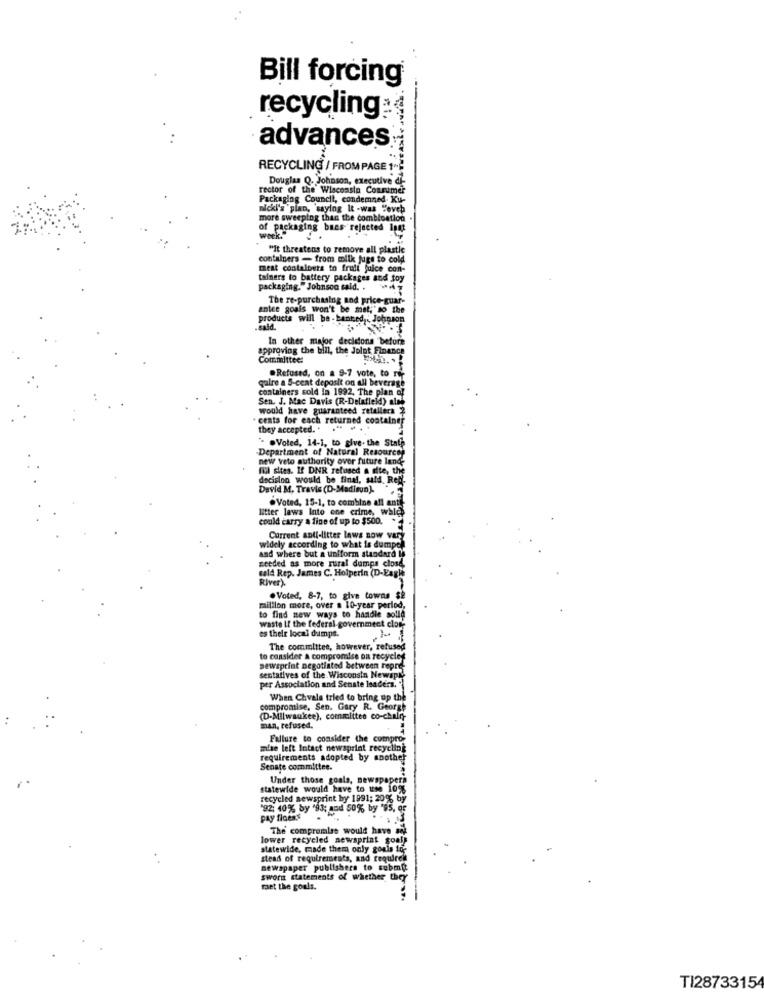
Bill forcing
recycling:
advances
RECYCLING / FROM PAGE 1"
Douglas Q. Johnson, executive df
rector of the Wisconsin Consumer
Packaging Council, condemned. Ku-
nicki's plan, saying It -was Teveb
g than the combination
of packaging baas rejected lust
week."
"it threatens to remove all plastle
containers - from milk jugs to cold
mest contalbers to fruit juice con-
tainers to battery packages and toy
packaging."Johnson said. .
The re-purchasing and price-guar-
antee goals won't be mat,"to the
products will be -banted . Johnson
.cald.
In other major decisions before
approving the bill, the Jolot Finance
Committee:
.Refused, on a 9-7 vote, to rie
qalre a S-cent deposit on all beverage
containers sold la 1992. The plan of
Sen. J. Mac Davis (R-Delafield) alse
would have guaranteed retailers 2
- cents for each returned container
they accepted. "
" Voted, 14-1, to give. the State
-Department of Natural Resources
new veto authority over future land
fül sites. If DNR refused a site, the
decision would be final, sald. Red.
David M. Travis (D-Madison]-
.Voted, 15-1, to combine all ant
litter laws Into one crime, which
could carry a fine of up to $500.
Current anti-litter laws now vary
widely according to what is dumpel
and where but a uniform standard In
needed as more rural dumps close,
sald Rep. James C. Holperin (D-Eagle
River)
.Voted, 8-7, to give towns $è
million more, over a 10-year period,
waste If the federal government clore
to find new ways to handle solld
es their local dumps.
The committee, however, refused
to consider a compromise on recycled
sewsprint negotiated between repre-
sentatives of the Wisconsin Newspt
per Association and Senate leaders.
When Chvala tried to bring up the
compromise, Sen. Gary R. George
(D-Milwaukee), commlites co-chalfr
man, refused.
Fallure to consider the compror
mise left Intact newsprint recycling
requirements adopted by another
Senate committee.
Under those goals, newspapers
statewide would have to use 10%
recycled newsprint by 1991; 20% by
'92: 40% by "93; and 50% by '95, or
pay ficens
The' compromise would have sie
lower recycled newsprint goals
statewide, made them only goals in-
stead of requirements, and require !!
newspaper publishers to submit
sworn statements of whether they
maet the goals.
TI2873315